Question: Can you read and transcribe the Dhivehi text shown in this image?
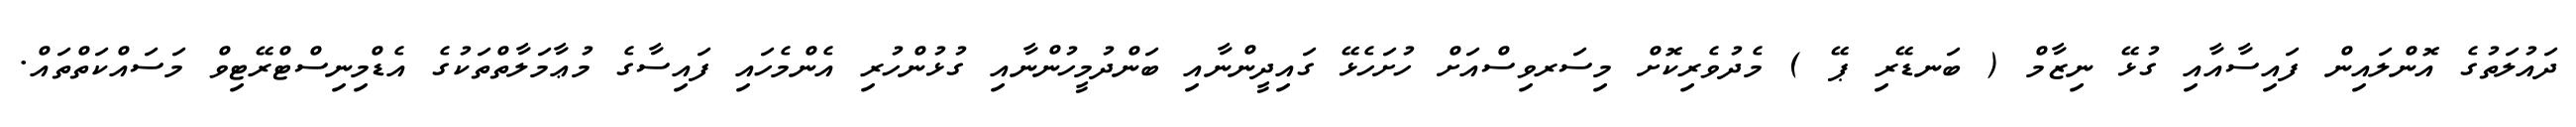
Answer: ދައުލަތުގެ އޮންލައިން ފައިސާއާއި ގުޅޭ ނިޒާމް ( ބަނޑޭރި ޕޭ ) މެދުވެރިކޮށް މިސަރވިސްއަށް ހުށަހެޅޭ ގައިދީންނާއި ބަންދުމީހުންނާއި ގުޅުންހުރި އެންމެހައި ފައިސާގެ މުޢާމަލާތްތަކުގެ އެޑްމިނިސްޓްރޭޓިވް މަސައްކަތްތައް.